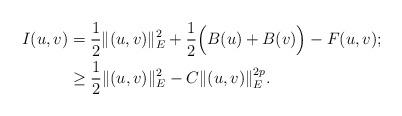
LaTeX: \begin{align*}I(u,v)&=\frac{1}{2}\|(u,v)\|_{E}^{2}+\frac{1}{2}\Big(B(u)+B(v)\Big)-F(u,v);\\&\geq\frac{1}{2}\|(u,v)\|_{E}^{2}-C\|(u,v)\|_{E}^{2p}.\end{align*}